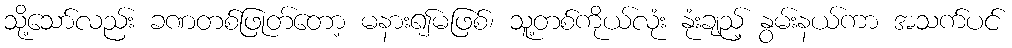
သို့သော်လည်း ခဏတစ်ဖြုတ်တော့ မနား၍မဖြစ်၊ သူ့တစ်ကိုယ်လုံး နုံးချည့် နွမ်းနယ်ကာ အသက်ပင်